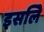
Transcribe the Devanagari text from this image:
इसलिे